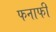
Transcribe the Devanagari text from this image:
फनाफी